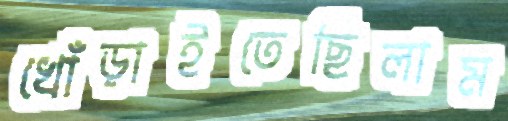
খোঁড়াইতেছিলাম